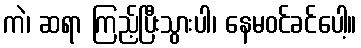
ကဲ၊ ဆရာ ကြည့်ပြီးသွားပါ၊ နေမဝင်ခင်ပေါ့။